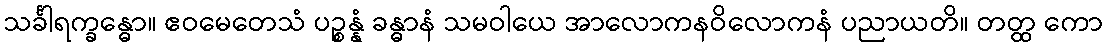
သင်္ခါရက္ခန္ဓော။ ဧဝမေတေသံ ပဉ္စန္နံ ခန္ဓာနံ သမဝါယေ အာလောကနဝိလောကနံ ပညာယတိ။ တတ္ထ ကော